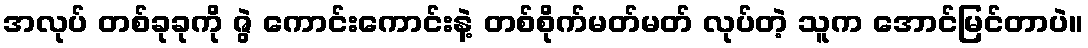
အလုပ် တစ်ခုခုကို ဇွဲ ကောင်းကောင်းနဲ့ တစ်စိုက်မတ်မတ် လုပ်တဲ့ သူက အောင်မြင်တာပဲ။